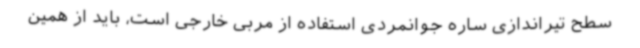
سطح تیراندازی ساره جوانمردی استفاده از مربی خارجی است، باید از همین